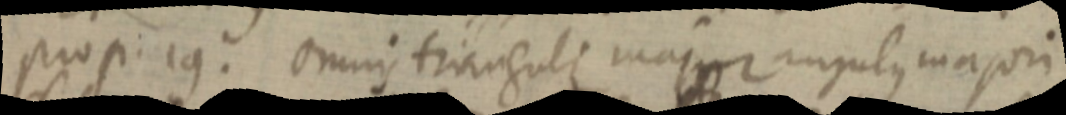
prop. 19. omnis trianguli major angulus majori